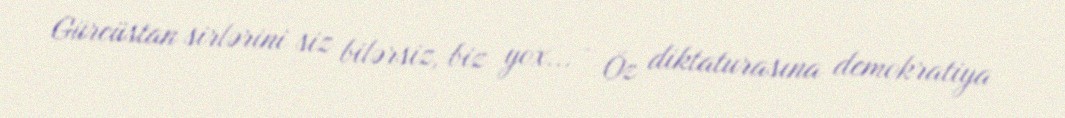
Gürcüstan sirlərini siz bilərsiz, biz yox... - Öz diktaturasına demokratiya